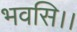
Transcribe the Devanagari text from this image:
भवसि।।